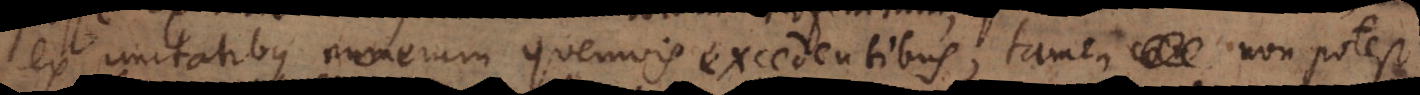
ex unitatibus numerum quemvis excedentibus, non potest